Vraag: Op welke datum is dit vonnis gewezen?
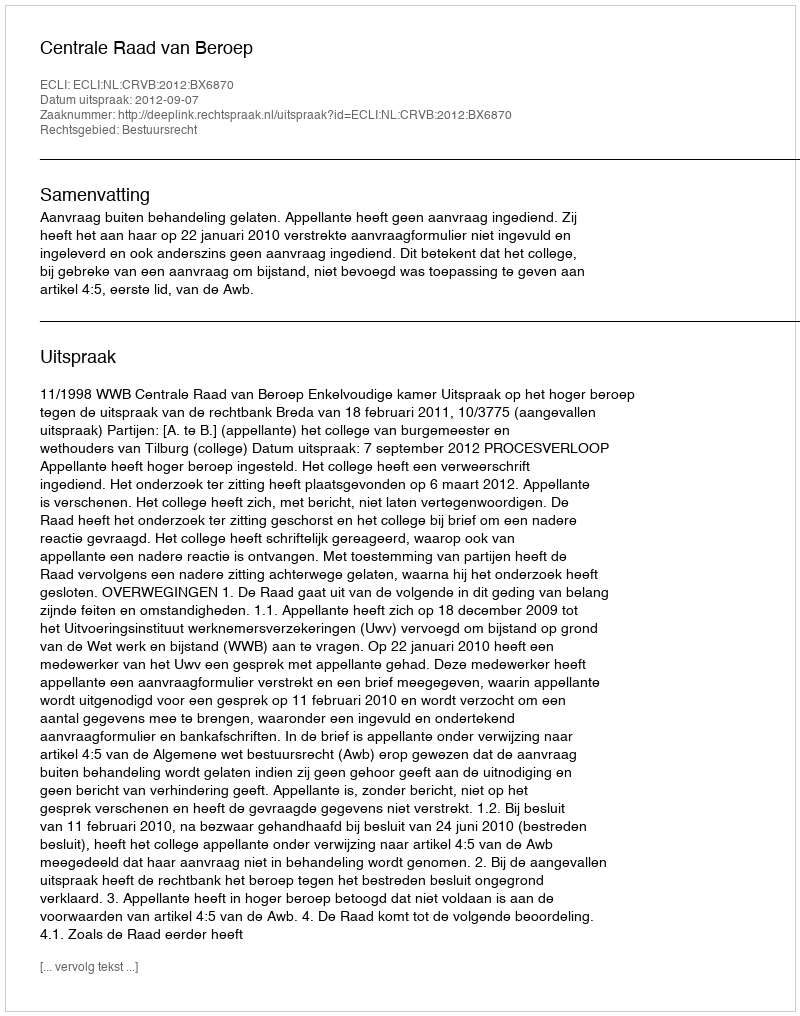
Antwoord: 2012-09-07